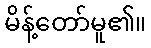
မိန့်တော်မူ၏။